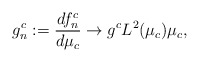
\begin{align*}g^c_n:=\frac{df^c_n}{d\mu_c}\rightarrow g^cL^2(\mu_c)\mu_c, \end{align*}